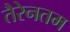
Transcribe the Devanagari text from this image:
तैरेनतम